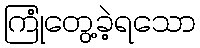
ကြုံတွေ့ခဲ့ရသော